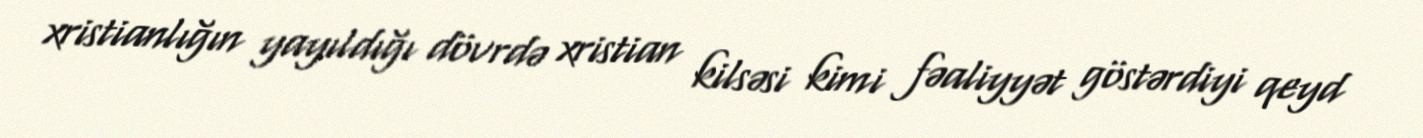
xristianlığın yayıldığı dövrdə xristian kilsəsi kimi fəaliyyət göstərdiyi qeyd